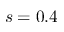
s = 0 . 4